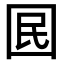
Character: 囻